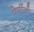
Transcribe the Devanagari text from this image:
प्रेमींनी